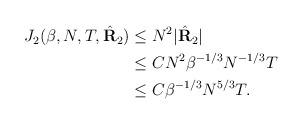
LaTeX: \begin{align*} \begin{aligned} J_2(\beta,N,T,\hat{\mathbf{R}}_2) &\leq N^2 |\hat{\mathbf{R}}_2 | \\&\leq C N^2 \beta^{-1/3} N^{-1/3} T \\ &\leq C \beta^{-1/3} N^{5/3} T. \end{aligned}\end{align*}